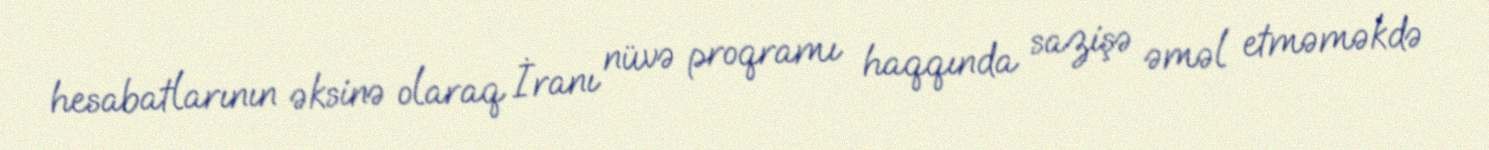
hesabatlarının əksinə olaraq İranı nüvə proqramı haqqında sazişə əməl etməməkdə